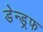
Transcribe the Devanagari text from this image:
डेन्ड्रफ